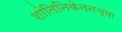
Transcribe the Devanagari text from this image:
शांतिनिकेतनच्या